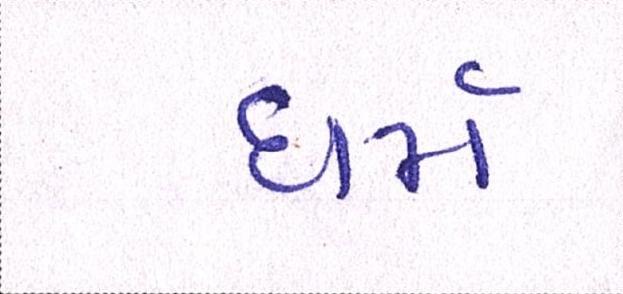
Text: ધર્મ